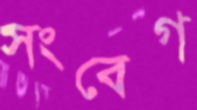
সংবেগ